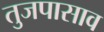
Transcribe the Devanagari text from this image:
तुजपासाव